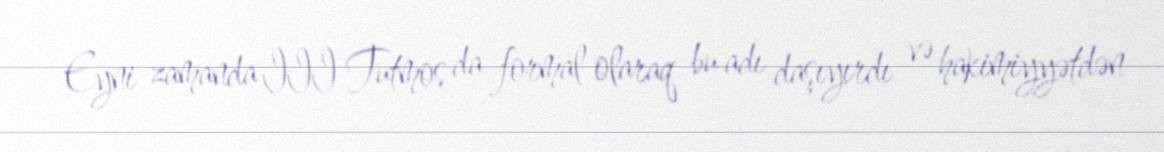
Eyni zamanda III Tutmos da formal olaraq bu adı daşıyırdı və hakimiyyətdən